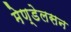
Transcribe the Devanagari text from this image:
मेण्डेलसन